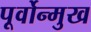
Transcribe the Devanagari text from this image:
पूर्वोन्मुख